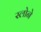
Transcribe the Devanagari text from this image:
स्‍लोने